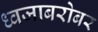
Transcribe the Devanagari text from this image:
ध्वजाबरोबर